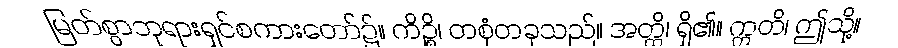
မြတ်စွာဘုရားရှင်စကားတော်၌။ ကိဉ္စိ၊ တစုံတခုသည်။ အတ္ထိ၊ ရှိ၏။ ဣတိ၊ ဤသို့။